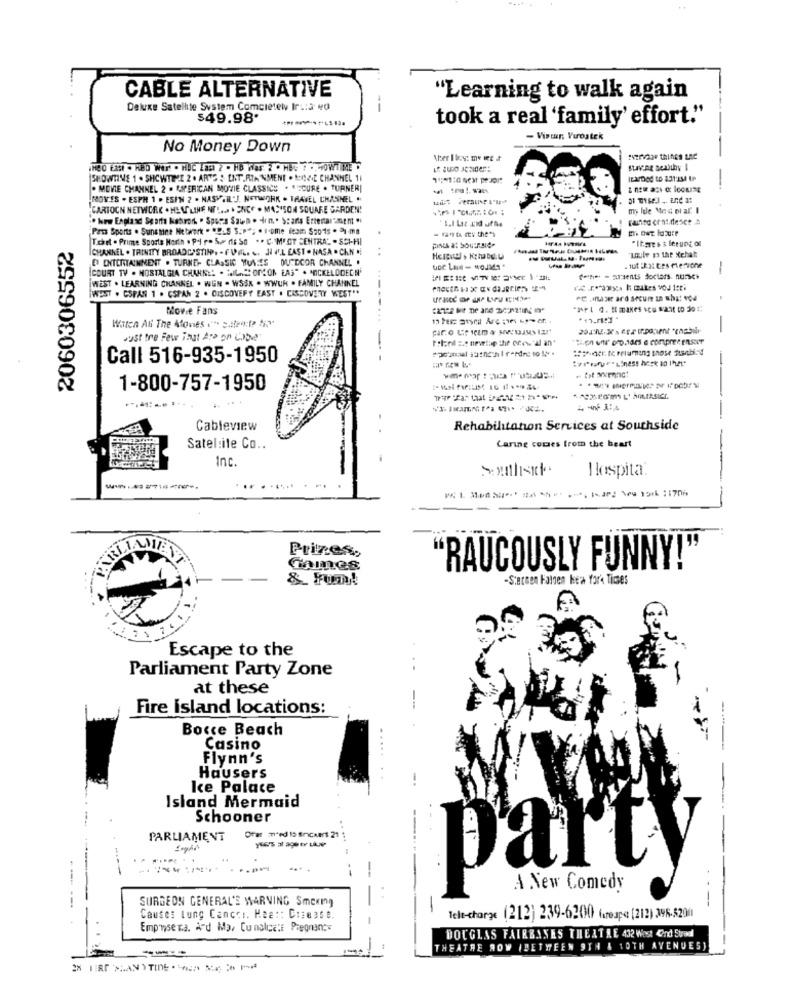
CABLE ALTERNATIVE
"Learning to walk again
Deluxe Satelhte System Comcietely Ir .: 3 40
--
$49.98*
took a real 'family' effort."
- Viatur, Vurostek
No Money Down
SHOWTIME 1 . SHOWTIME 2 . ARTS : ENT.RIANMENT . ROZE CHANNEL 11
. MOVIE CHANNEL 2 . MIPERICAN MOVIE CLASSICS . ESCURE . TURNERI
-
MOVES . ESPH 1 . ESIN 2 . NASVIL"J. NETWORK . TRAVEL CHANNEL .
CARTOON NETWORK . HEUT'LINE NO !... . ONCE . MASSON SQUARE GARDEN!
. New England Sparta kahrok . Spors Sawa . din· Scarts Ertentarmem "
Pas Sports . Sunshine Network . "DAS S.P"; . Icome team $20-1s . 21-ma
2060306552
Tehet . Prime Sports North . Pl r. S.> ris SO . . C. M'OT CENTRAL . SCI-HI
"It.sre s s ferung of
CHANNEL . TRINITY BROADCASTINP. - F VIL. .. JI WL EAST · NASA · CKN .;
PInes at Source-
Lule po the Xchat
ET ENTERTAINMENT . TURNER CLASSIC WULLES OUTDOOR CHANNEL .
COURT TV . NOSTALGIA CHANNE: . SILACOMON LAS" . MOCKELODEON'
-
WEST . LEARNING CHANNEL . WUN . WSSK . WWUR . FAMILY CHANNEL
IWEST . CSPAN 1 . CSPAN 2 . DISCOVERY EASY . CISCOVERY WEST"*
Movie Fans
Witch At The Mones (" =aport 5
Just tre Few ingt App on Cobe
Call 516-935-1950
1-800-757-1950
Cableview
Rehabilitation Services at Southside
Carine comes from the heart
Satel:ite Co ..
Inc.
Ilospita:
Prizes,
RLLAMEN
Gaines
"RAUCOUSLY FUNNY!"
& Fum!
-Starten Folgen Hera York Times
Escape to the
Parliament Party Zone
at these
Fire island locations:
Bocce Beach
Casino
Flynn's
Hausers
Ice Palace
Island Mermaid
Schooner
PARLIAMENT
Offer med 15 frickers 2
party
SURGEON GENERAL'S WARNING Smoking
-
-
-- --
Causes Lung Cancer. Maa :: Disease.
Tele-charge (212) 239-6200 fareape: [212) 396-5200
Empimise na. Ard Ma, Cumalcatt Pregnancy
DOUGLAS FAIRBANES THEATRE 432 West Cind Straal
THEATRE NOW IBETWEEN 9TH & 10TH AVENUES)